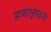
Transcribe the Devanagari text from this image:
सजाभुगतनी